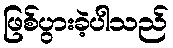
ဖြစ်ပွားခဲ့ပါသည်